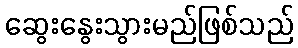
ဆွေးနွေးသွားမည်ဖြစ်သည်